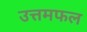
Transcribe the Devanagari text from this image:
उत्तमफल